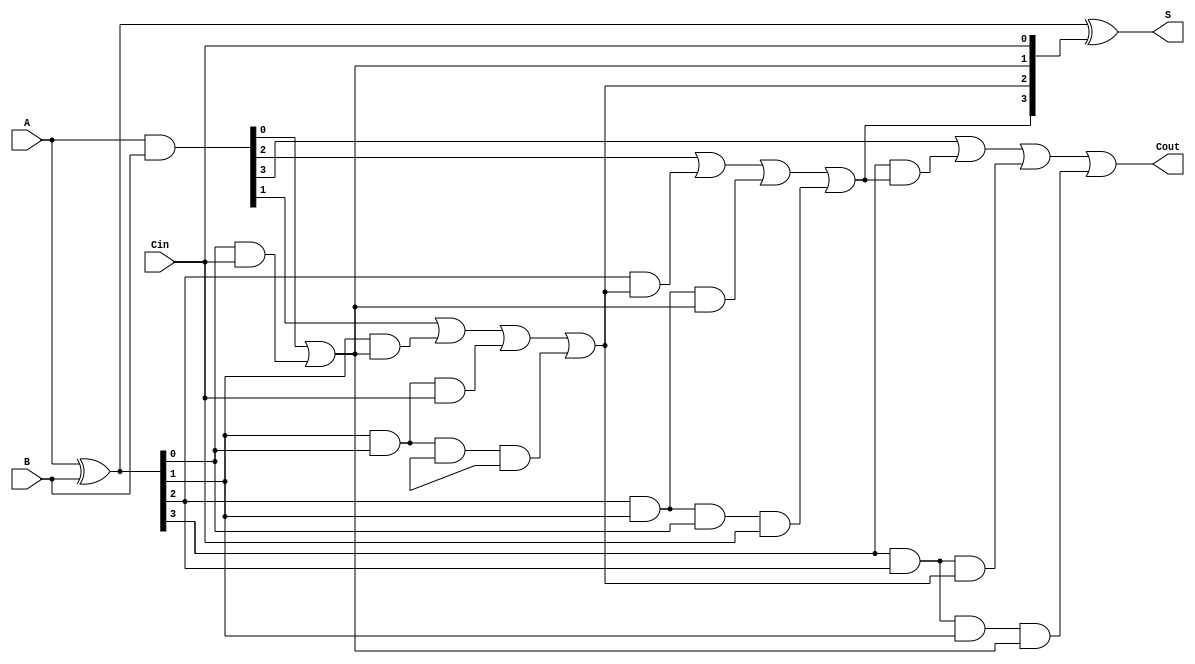
module CarryLookaheadAdder #(parameter n = 4) (
    input  [n-1:0] A,      // First n-bit input
    input  [n-1:0] B,      // Second n-bit input
    input         Cin,      // Carry-in
    output [n-1:0] S,      // Sum output
    output        Cout      // Carry-out
);

    // Generate and Propagate signals
    wire [n-1:0] G; // Generate signals
    wire [n-1:0] P; // Propagate signals
    wire [n:0] C;   // Carry signals

    // Generate and Propagate calculations
    assign G = A & B;          // Generate: G[i] = A[i] & B[i]
    assign P = A ^ B;          // Propagate: P[i] = A[i] ^ B[i]

    // Carry calculations
    assign C[0] = Cin;         // C[0] = Cin

    genvar i;
    generate
        for (i = 0; i < n; i = i + 1) begin : carry_logic
            if (i == 0) begin
                assign C[i+1] = G[i] | (P[i] & C[i]);
            end else begin
                assign C[i+1] = G[i] | (P[i] & C[i]) | (P[i] & P[i-1] & C[i-1]) | (P[i] & P[i-1] & P[i-2] & C[i-2]);
            end
        end
    endgenerate

    // Sum calculation
    assign S = P ^ C[n-1:0];   // S[i] = P[i] ^ C[i]

    // Final carry-out
    assign Cout = C[n];

endmodule